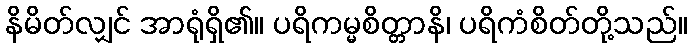
နိမိတ်လျှင် အာရုံရှိ၏။ ပရိကမ္မစိတ္တာနိ၊ ပရိကံစိတ်တို့သည်။